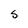
Character: S